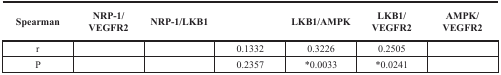
<table><thead><tr><td><b>Spearman</b></td><td><b>NRP-1/VEGFR2</b></td><td><b>NRP-1/LKB1</b></td><td>[EMPTY_CELL]</td><td><b>LKB1/AMPK</b></td><td><b>LKB1/VEGFR2</b></td><td><b>AMPK/VEGFR2</b></td></tr></thead><tbody><tr><td>r</td><td>[EMPTY_CELL]</td><td>[EMPTY_CELL]</td><td>0.1332</td><td>0.3226</td><td>0.2505</td><td>[EMPTY_CELL]</td></tr><tr><td>P</td><td>[EMPTY_CELL]</td><td>[EMPTY_CELL]</td><td>0.2357</td><td>*0.0033</td><td>*0.0241</td><td>[EMPTY_CELL]</td></tr></tbody></table>